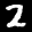
Label: 2